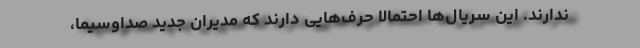
ندارند. این سریال‌ها احتمالا حرف‌هایی دارند که مدیران جدید صداوسیما،